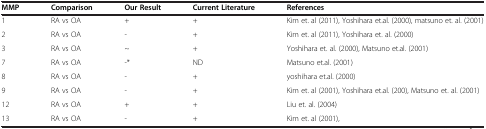
<table><thead><tr><td><b>MMP</b></td><td><b>Comparison</b></td><td><b>Our Result</b></td><td><b>Current Literature</b></td><td><b>References</b></td></tr></thead><tbody><tr><td>1</td><td>RA vs OA</td><td>+</td><td>+</td><td>Kim et. al (2011), Yoshihara et.al. (2000), matsuno et. al. (2001)</td></tr><tr><td>2</td><td>RA vs OA</td><td>-</td><td>+</td><td>Kim et. al (2011), Yoshihara et. al. (2000)</td></tr><tr><td>3</td><td>RA vs OA</td><td>~</td><td>+</td><td>Yoshihara et. al. (2000), Matsuno et.al. (2001)</td></tr><tr><td>7</td><td>RA vs OA</td><td>-*</td><td>ND</td><td>Matsuno et.al. (2001)</td></tr><tr><td>8</td><td>RA vs OA</td><td>-</td><td>+</td><td>yoshihara et.al. (2000)</td></tr><tr><td>9</td><td>RA vs OA</td><td>-</td><td>+</td><td>Kim et. al (2001), Yoshihara et.al. (200), Matsuno et. al. (2001)</td></tr><tr><td>12</td><td>RA vs OA</td><td>+</td><td>+</td><td>Liu et. al. (2004)</td></tr><tr><td>13</td><td>RA vs OA</td><td>-</td><td>+</td><td>Kim et. al (2001),</td></tr></tbody></table>